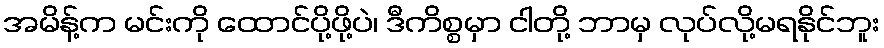
အမိန့်က မင်းကို ထောင်ပို့ဖို့ပဲ၊ ဒီကိစ္စမှာ ငါတို့ ဘာမှ လုပ်လို့မရနိုင်ဘူး